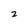
Character: 2